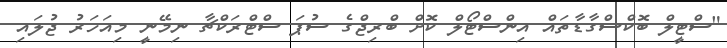
"ސްޓީލް ބޮކްސްގާޑާތައް އިންސްޓޯލް ކޮށް ބްރިޖްގެ ސުޕަ ސްޓްރަކްޗާ ނިމޭނީ މިއަހަރު ޖުލައި